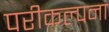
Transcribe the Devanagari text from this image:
परीकल्पना